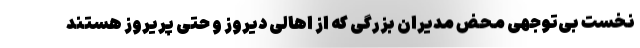
نخست بی‌توجهی محض مدیران بزرگی که از اهالی دیروز و حتی پریروز هستند